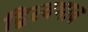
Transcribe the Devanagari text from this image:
द्विस्‍वभाव